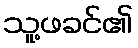
သူ့ဖခင်၏